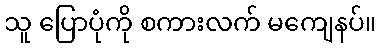
သူ ပြောပုံကို စကားလက် မကျေနပ်။